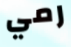
رمي